Civil Veterinary Dept. North-West Frontier Province 1923-32 - 1923-1932
Year: 1923
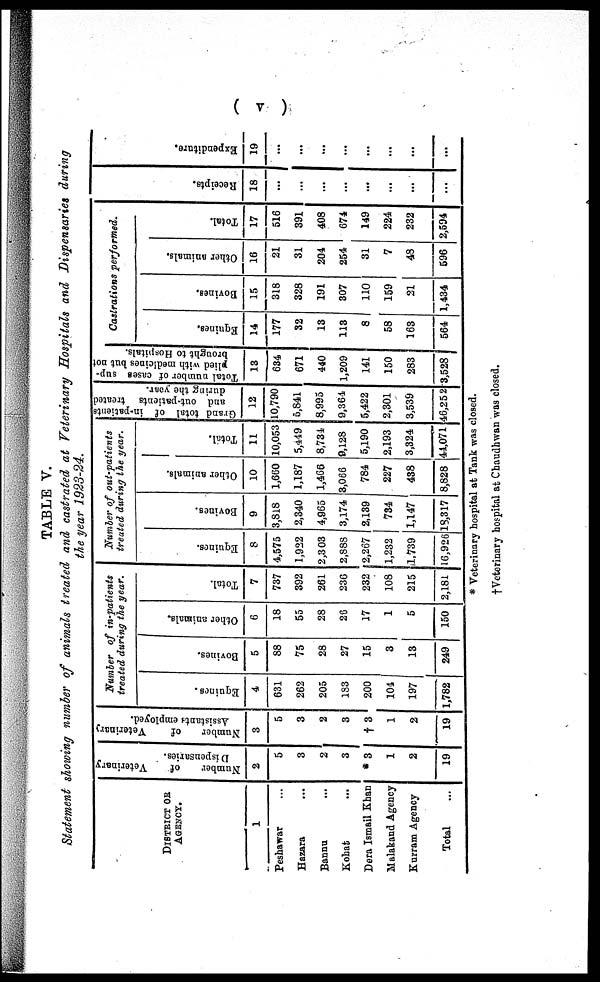
( v )
TABLE V.
Statement showing number of animals treated and castrated at Veterinary
Hospitals
and Dispensaries
during
the year
1923-24.
DISTRICT OR
AGENCY.
1
Peshawar …
Hazara …
Bannu …
Kohat …
Dera Ismail Khan
Malakand Agency
Kurram Agency
Total …
Number
of
Veterinary
Dispensaries.
2
5
3
2
3
*3
1
2
19
Number
of
Veterinary
Assistants employed.
3
5
3
2
3
† 3
1
2
19
Number of in-patients
treated during the year.
Equines.
4
631
262
205
183
200
104
197
1,782
Bovines.
5
88
75
28
27
15
3
13
249
Other animals.
6
18
55
28
26
17
1
5
150
Total.
7
737
392
261
236
232
108
215
2,181
Number of out-patients
treated during the year.
Equines.
8
4,575
1,922
2,303
2,888
2,267
1,232
1,739
16,926
Bovines.
9
3,818
2,340
4,965
3,174
2,139
734
1,147
18,317
Other animals.
10
1,660
1,187
1,466
3,066
784
227
438
8,828
Total.
11
10,053
5,449
8,734
9,128
5,190
2,193
3,324
44,071
Grand total of in-patients
and out-patients treated
during the year.
12
10,790
5,841
8,995
9,364
5,422
2,301
3,539
46,252
Total number of cases sup-
plied with medicines but not
brought to Hospitals.
13
634
671
440
1,209
141
150
283 J
3,528
Castrations performed.
Equines.
14
177
32
13
113
8
58
163
564
Bovines.
15
318
328
191
307
110
159
21
1,434
Other animals.
16
21
31
204
254
31
7
48
596
Total.
17
516
391
408
674
149
224
232
2,594
Recei pt s .
18
...
...
...
...
...
...
...
...
Expendi t
ur e.
19
...
...
...
...
...
...
...
...
* Veterinary hospital at Tank was closed.
† Veterinary hospital at Chaudhwan was closed.